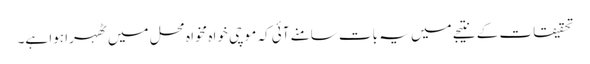
تحقیقات کے نتیجے میں یہ بات سامنے آئی کہ موچی خواہ مخواہ محل میں ٹھہرا ہوا ہے۔